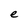
Character: e